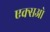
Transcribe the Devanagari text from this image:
एक्सओ